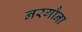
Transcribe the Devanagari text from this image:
नरगौना